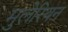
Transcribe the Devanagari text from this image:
मुलेरियन